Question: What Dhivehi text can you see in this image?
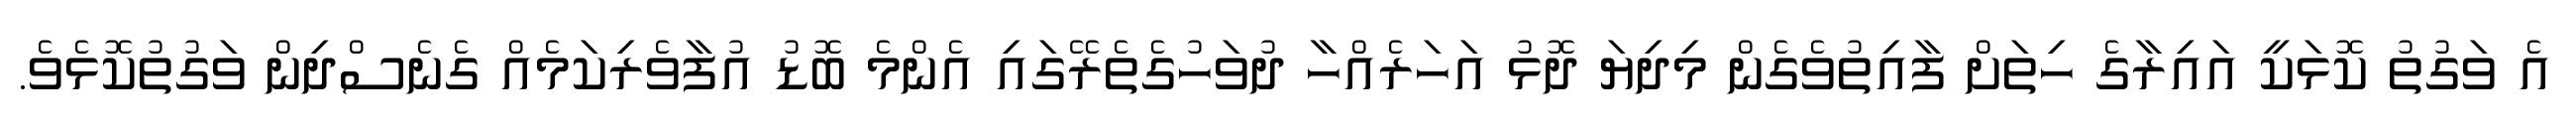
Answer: އެ ވަގުތު ކޮޅަކީ އައިރާގެ ހިތަށް ފާއިތުވެގެން މިދިޔަ ދޮޅު އަހަރެއްހާ ދުވަހުގެތެރޭގައި އެންމެ ބޮޑު އުފާވެރިކަމެއް ގެނެސްދިން ވަގުތުކޮޅެވެ.